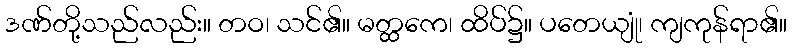
ဒဏ်တို့သည်လည်း။ တဝ၊ သင်၏။ မတ္ထကေ၊ ထိပ်၌။ ပတေယျုံ၊ ကျကုန်ရာ၏။